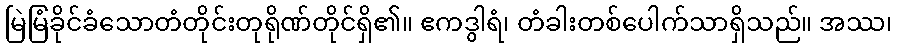
မြဲမြံခိုင်ခံသောတံတိုင်းတုရိုဏ်တိုင်ရှိ၏။ ဧကဒွါရံ၊ တံခါးတစ်ပေါက်သာရှိသည်။ အဿ၊